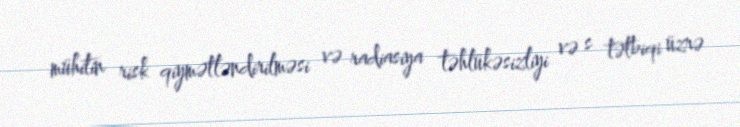
mühitin risk qiymətləndirilməsi və radiasiya təhlükəsizliyi və s tətbiqi üzrə